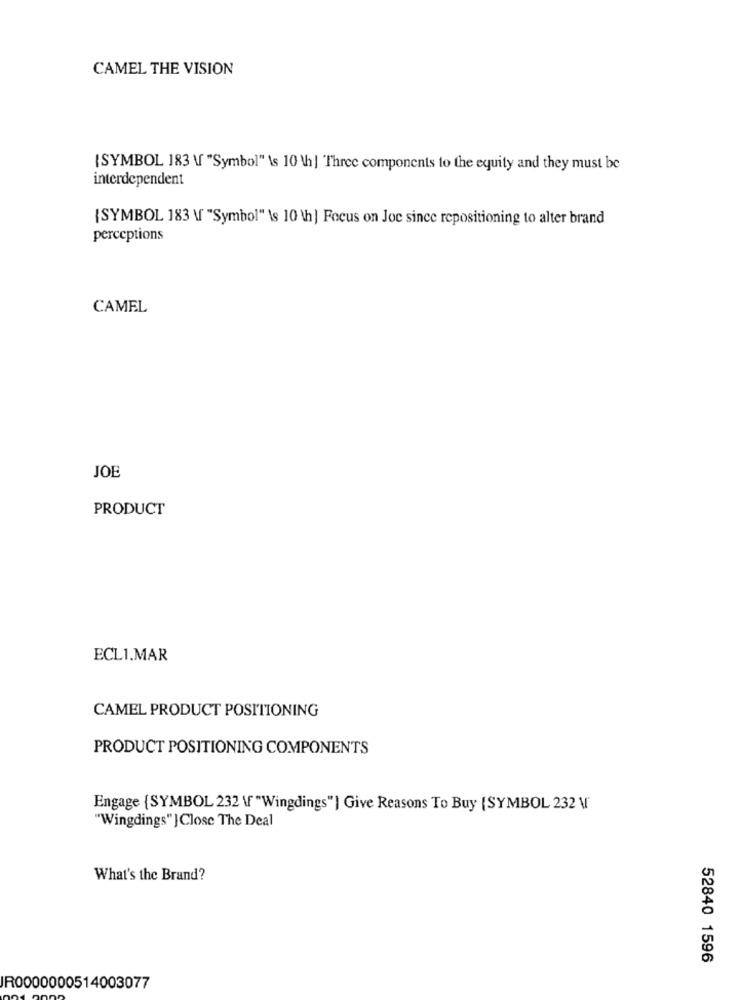
CAMEL THE VISION
{SYMBOL 183 \f "Symbol" \s 10 \h ] Three components to the equity and they must be
interdependent
{SYMBOL 183 \ "Symbol" \s 10 \h] Focus on Joe since repositioning to alter brand
perceptions
CAMEL
JOE
PRODUCT
ECL1.MAR
CAMEL PRODUCT POSITIONING
PRODUCT POSITIONING COMPONENTS
Engage {SYMBOL 232 \f "Wingdings") Give Reasons To Buy (SYMBOL 232 \
"Wingdings" } Close The Deal
What's the Brand?
52840 1596
R0000000514003077